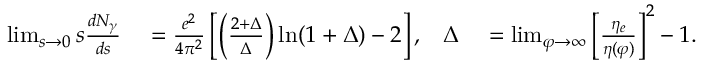
\begin{array} { r l r l } { \operatorname* { l i m } _ { s \to 0 } s \frac { d N _ { \gamma } } { d s } } & { { } = \frac { e ^ { 2 } } { 4 \pi ^ { 2 } } \left[ \left( \frac { 2 + \Delta } { \Delta } \right) \ln ( 1 + \Delta ) - 2 \right] , } & { \Delta } & { { } = \operatorname* { l i m } _ { \varphi \to \infty } \left[ \frac { \eta _ { e } } { \eta ( \varphi ) } \right] ^ { 2 } - 1 . } \end{array}